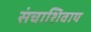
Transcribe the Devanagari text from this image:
संचाशिवाय